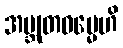
အဗ္ဘုတဓမ္မေဟိ